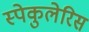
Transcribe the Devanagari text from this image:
स्पेकुलेरिस